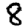
Digit: 8